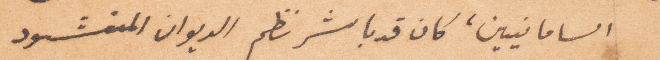
السامانيين، كان قد باشر نظم الديوان المنشود